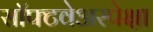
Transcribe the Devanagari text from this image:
सॉफ्टवेअरपेक्षा